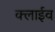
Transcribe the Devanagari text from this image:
क्लाईव